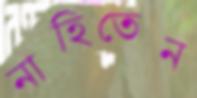
নাহিতেন